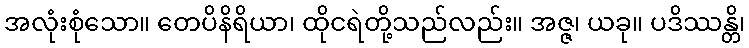
အလုံးစုံသော။ တေပိနိရိယာ၊ ထိုငရဲတို့သည်လည်း။ အဇ္ဇ၊ ယခု။ ပဒိဿန္တိ၊